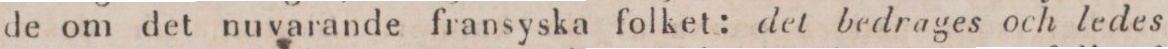
de om det nuvarande fransyska folket: det bedrages och ledes